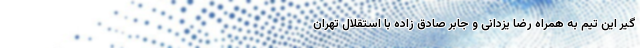
گیر این تیم به همراه رضا یزدانی و جابر صادق زاده با استقلال تهران